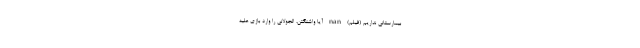
بیمارستانی نداریم (فیلم) nan آیا واشنگتن، الجولانی را وارد بازی علیه